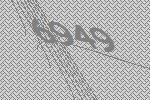
6949